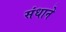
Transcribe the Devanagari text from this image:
संधाने